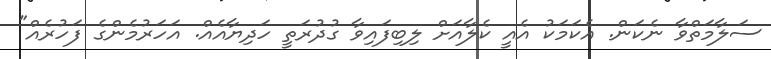
ސަލާމަތްވާ ނެކަން. އެކަމަކު އެއީ ކެލާއަށް ލިބިފައިވާ ގުދުރަތީ ހަދިޔާއެެއް. އަހަރުމެންގެެ ފަހުރެެއް"